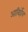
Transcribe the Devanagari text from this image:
आविर्होत्र